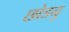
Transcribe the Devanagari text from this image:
छोडनु